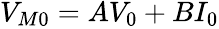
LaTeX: \begin{array}{r}{V_{M0}=AV_{0}+BI_{0}}\end{array}